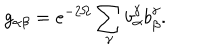
g _ { \alpha \beta } = e ^ { - 2 \Omega } \sum _ { \gamma } b _ { \alpha } ^ { \gamma } b _ { \beta } ^ { \gamma } .